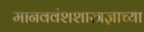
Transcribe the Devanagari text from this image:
मानववंशशास्त्रज्ञाच्या